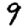
Digit: 9